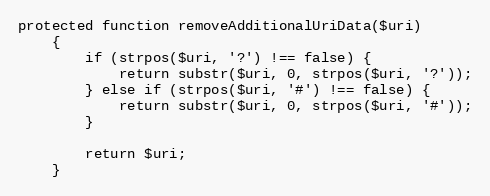
Language: PHP
protected function removeAdditionalUriData($uri)
    {
        if (strpos($uri, '?') !== false) {
            return substr($uri, 0, strpos($uri, '?'));
        } else if (strpos($uri, '#') !== false) {
            return substr($uri, 0, strpos($uri, '#'));
        }

        return $uri;
    }